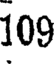
109